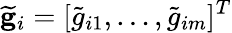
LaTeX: \mathbf{\widetilde{g}}_{i}=[\widetilde{g}_{i1},\dots,\widetilde{g}_{im}]^{T}